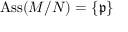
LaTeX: \operatorname { A s s } ( M / N ) = \{ { \mathfrak { p } } \}